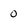
Character: 0